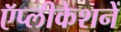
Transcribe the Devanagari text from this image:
ऍप्लीकेशनें